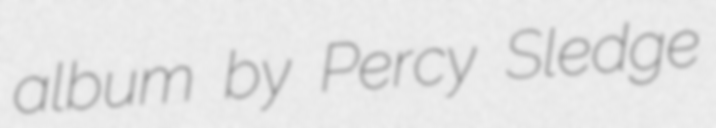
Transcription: album by Percy Sledge